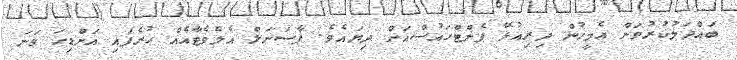
ބައްދަލުކުރުވަން އެމީހުން ދިރިއުޅޭ ޕެންޓްހައުސްއަށް ދިޔައެވެ. ޕާސަނަލް އެލެވެޓާއެއް ހުރެފައި އަށްޑިހަ ވަނަ